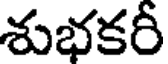
శుభకరీ